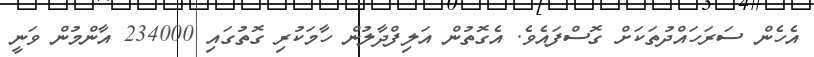
އެހެން ސަރަހައްދުތަކަށް ގޮސްފައެވެ. އެގޮތުން އަލިފްދާލުން ހާމަކުރި ގޮތުގައި 234000 އާންމުން ވަނީ